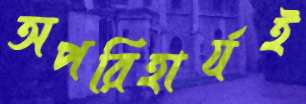
অপরিহার্যই